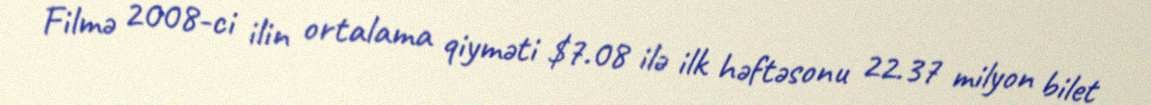
Filmə 2008-ci ilin ortalama qiyməti $7.08 ilə ilk həftəsonu 22.37 milyon bilet